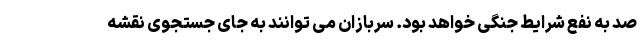
صد به نفع شرایط جنگی خواهد بود. سربازان می توانند به جای جستجوی نقشه